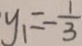
y _ { 1 } = - \frac { 1 } { 3 }